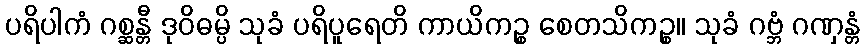
ပရိပါကံ ဂစ္ဆန္တီ ဒုဝိဓမ္ပိ သုခံ ပရိပူရေတိ ကာယိကဉ္စ စေတသိကဉ္စ။ သုခံ ဂဗ္ဘံ ဂဏှန္တံ